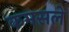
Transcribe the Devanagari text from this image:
कमसले